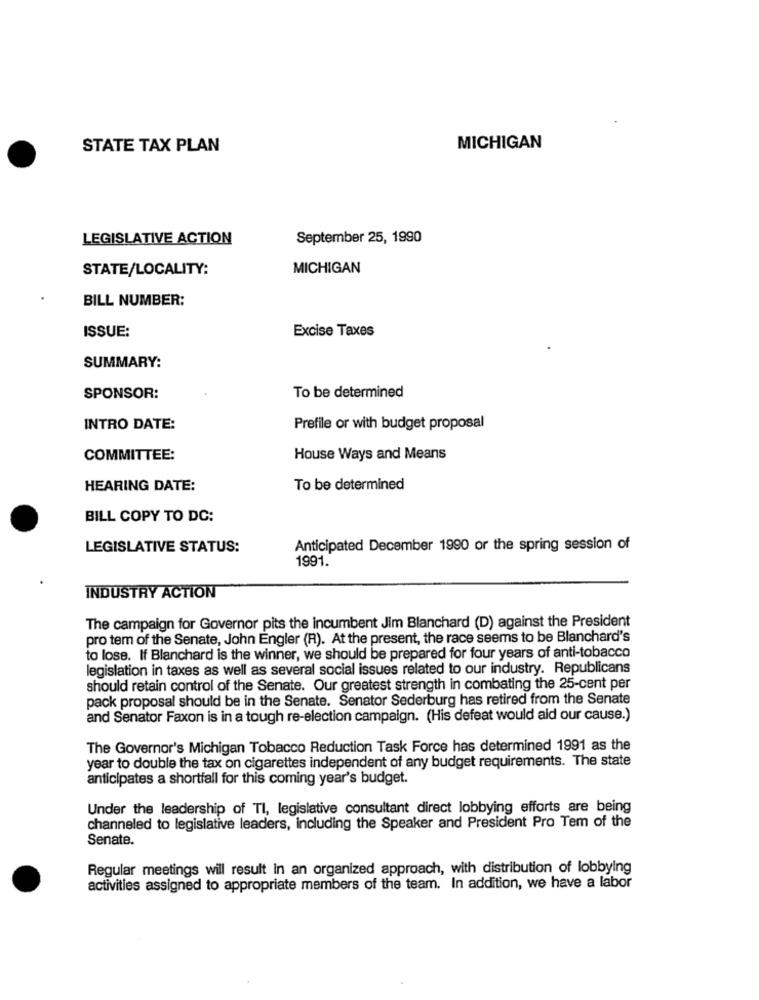
STATE TAX PLAN
MICHIGAN
LEGISLATIVE ACTION
September 25, 1990
STATE/LOCALITY:
MICHIGAN
BILL NUMBER:
ISSUE:
Excise Taxes
SUMMARY:
SPONSOR:
To be determined
INTRO DATE:
Prefile or with budget proposal
COMMITTEE:
House Ways and Means
HEARING DATE:
To be determined
BILL COPY TO DC:
LEGISLATIVE STATUS:
Anticipated December 1990 or the spring session of
1991.
INDUSTRY ACTION
The campaign for Governor pits the incumbent Jim Blanchard (D) against the President
pro tem of the Senate, John Engler (R). At the present, the race seems to be Blanchard's
to lose. If Blanchard is the winner, we should be prepared for four years of anti-tobacco
legislation in taxes as well as several social issues related to our industry. Republicans
should retain control of the Senate. Our greatest strength in combating the 25-cent per
pack proposal should be in the Senate. Senator Sederburg has retired from the Senate
and Senator Faxon is in a tough re-election campaign. (His defeat would ald our cause.)
The Governor's Michigan Tobacco Reduction Task Force has determined 1991 as the
year to double the tax on cigarettes independent of any budget requirements. The state
anticipates a shortfall for this coming year's budget.
Under the leadership of TI, legislative consultant direct lobbying efforts are being
channeled to legislative leaders, including the Speaker and President Pro Tem of the
Senate.
Regular meetings will result In an organized approach, with distribution of lobbying
activities assigned to appropriate members of the team. In addition, we have a labor